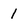
Character: 1